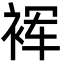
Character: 裈